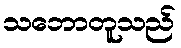
သဘောတူသည်